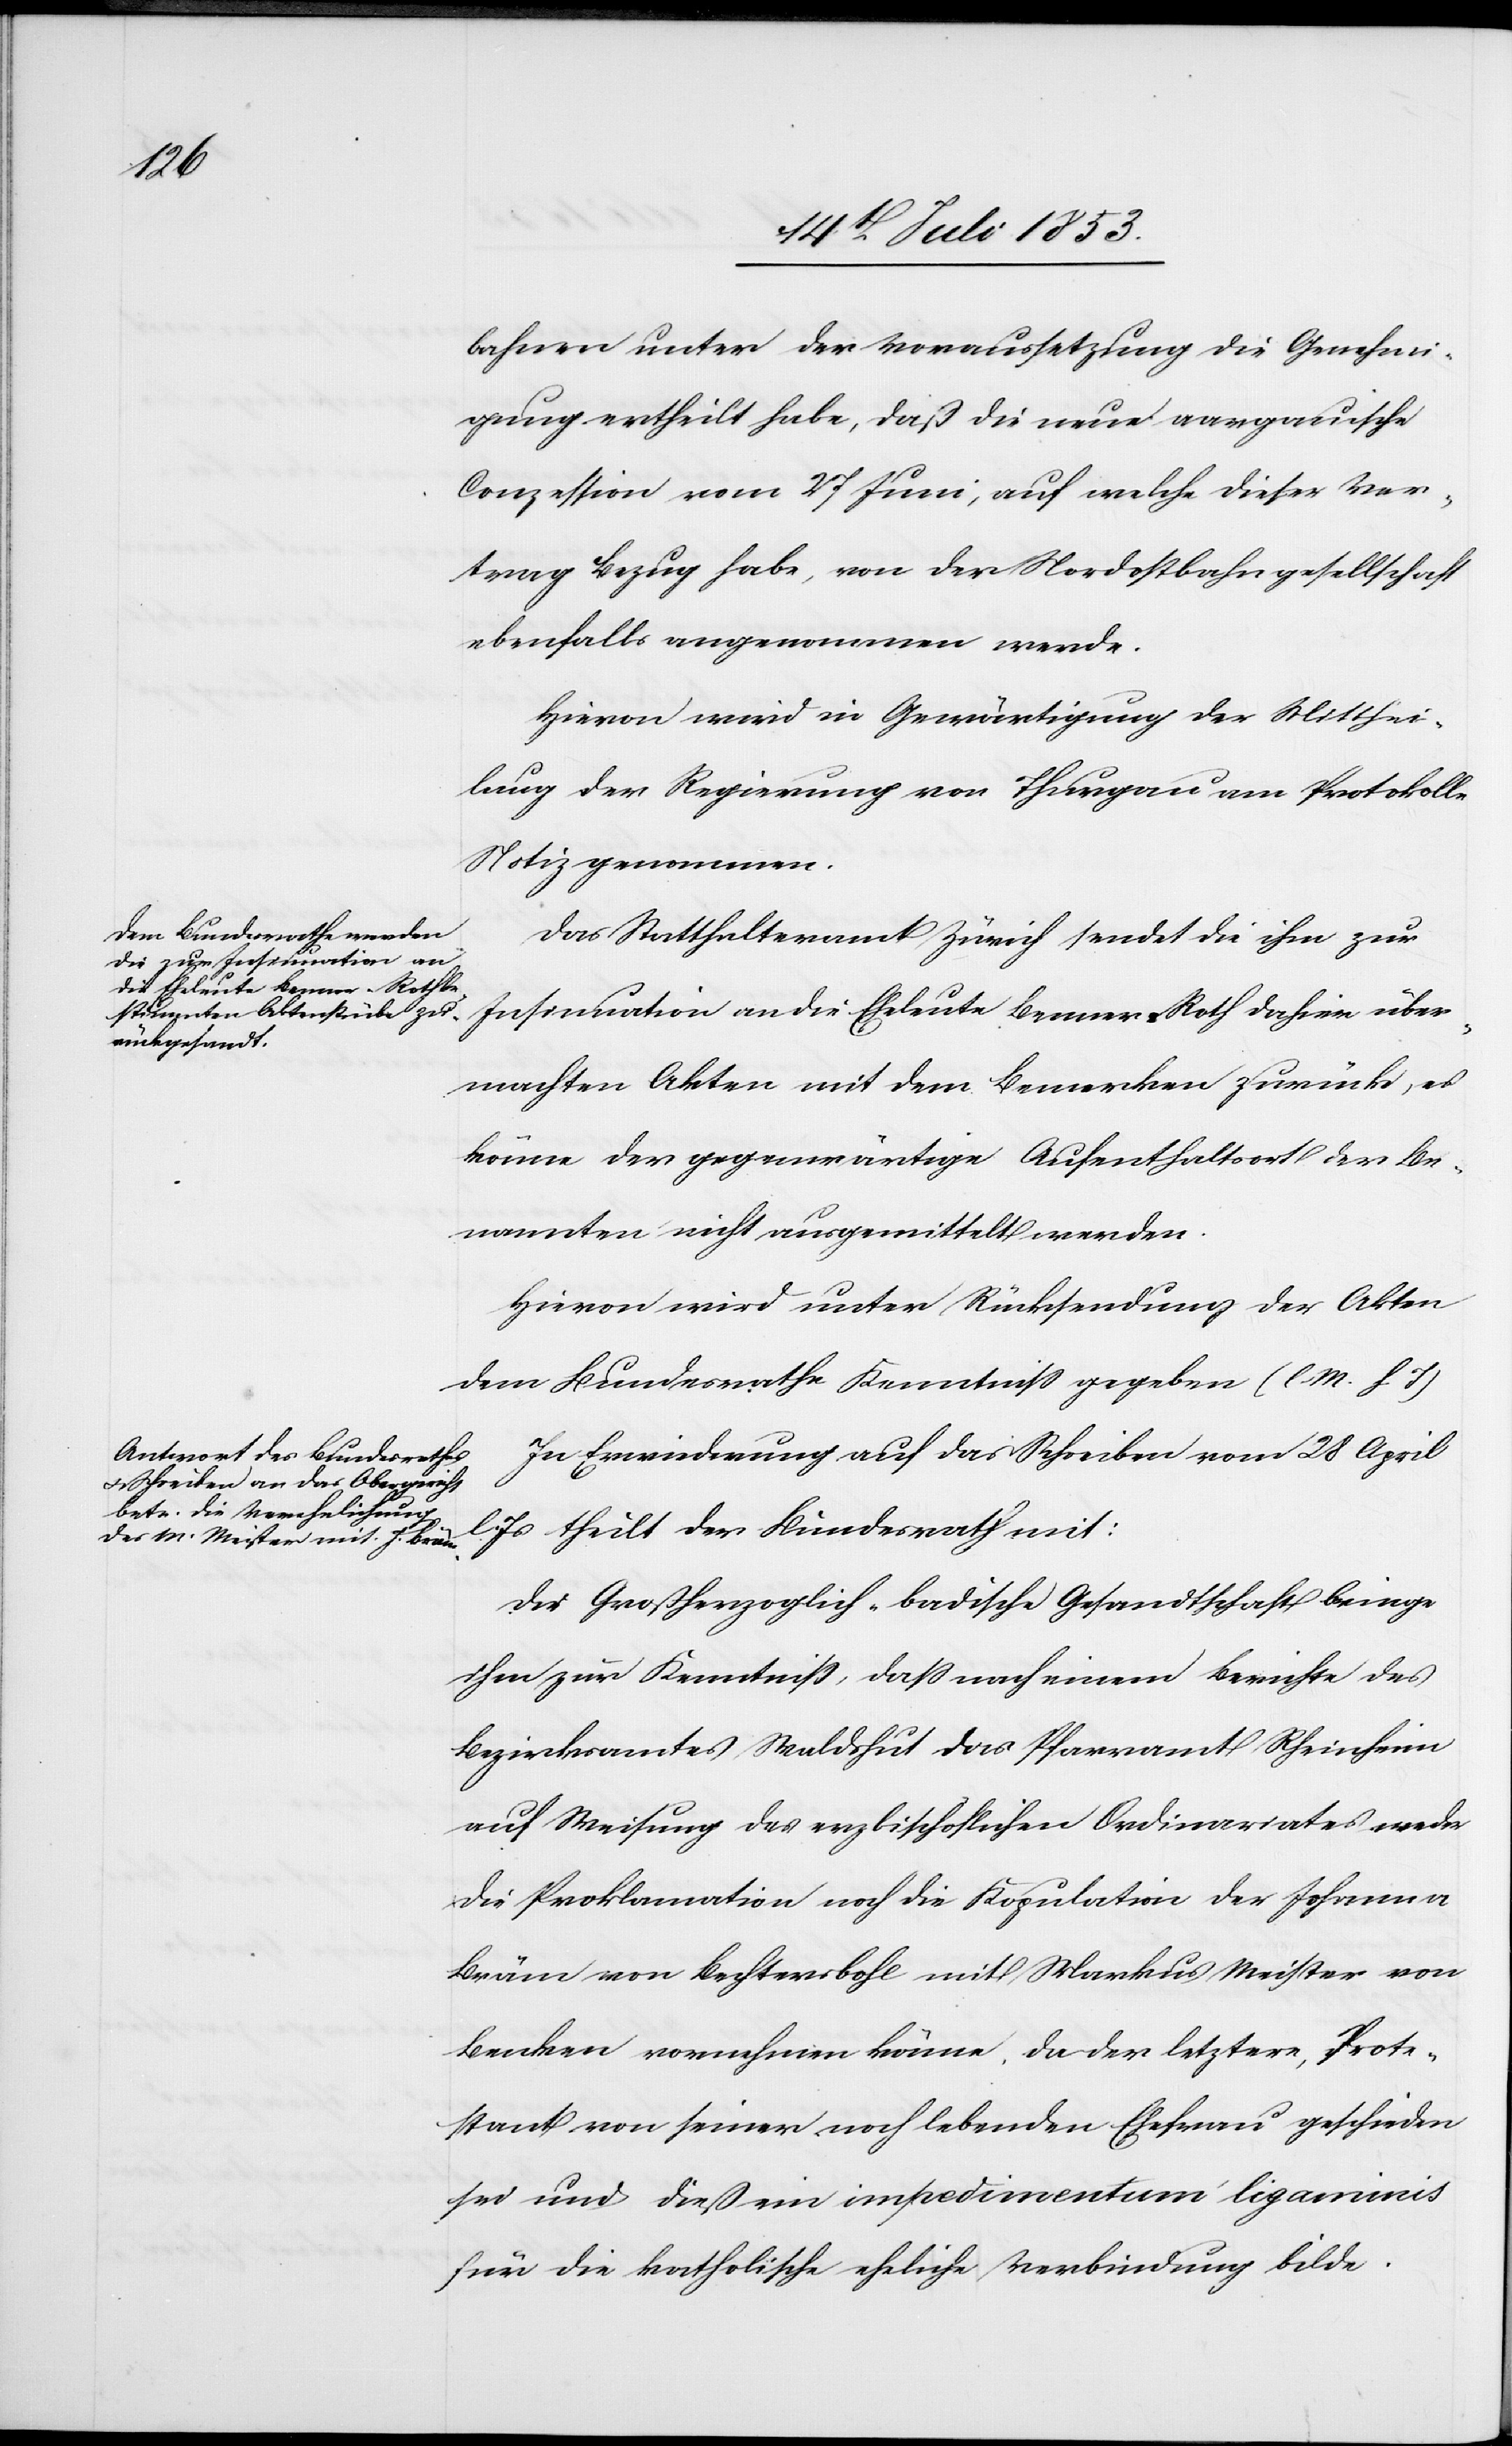
bahnen unter der Voraussetzung die Genehmi¬
gung ertheilt habe, daß die neue aargauische
Conzession vom 27 Juni auf welche dieser Ver¬
trag Bezug habe, von der Nordostbahngesellschaft
ebenfalls angenommen werde.
Hievon wird in Gewärtigung der Mitthei¬
lung der Regierung von Thurgau am Protokolle
Notiz genommen.
Das Statthalteramt Zürich sendet die ihm zur
Insinuation an die Eheleute Benner-Roth dahin über¬
machten Akten mit dem Bemerken zurück, es
könne der gegenwärtige Aufenthaltsort der Be¬
nannten nicht ausgemittelt werden.
Hievon wird unter Rücksendung der Akten
dem Bundesrathe Kenntniß gegeben. [l. M. h. T]
In Erwiederung auf das Schreiben vom 28 April
l. Js. theilt der Bundesrath mit:
Die Großherzoglich-Badische Gesandtschaft bringe
ihm zur Kenntniß, daß nach einem Berichte des
Bezirksamtes Waldshut das Pfarramt Rheinheim
auf Weisung des erzbischöflichen Ordinariates weder
die Proklamation noch die Kopulation der Johanna
Bräm von Bechtersbohl mit Markus Meister von
Benken vornehmen könne. Da der letztere, Prote¬
stant von seiner noch lebenden Ehefrau geschieden
sei und dieß ein impedimentum’ ligaminis